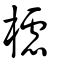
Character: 櫖